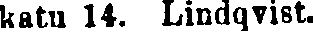
katu 14. Lindqvist.